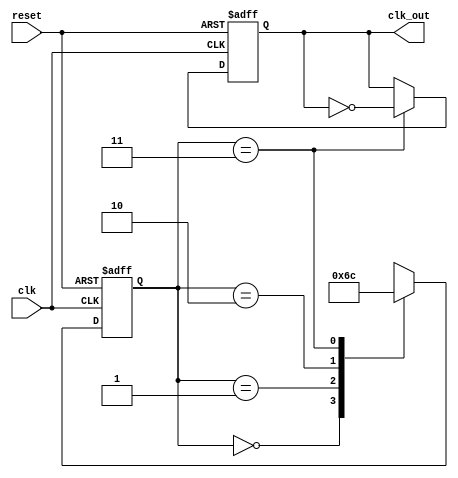
module JohnsonCounterClockDivider (
    input wire clk,
    input wire reset,
    output reg clk_out
);

reg [3:0] count;
reg [1:0] state;

always @(posedge clk or posedge reset) begin
    if (reset) begin
        count <= 4'b0000;
        state <= 2'b00;
        clk_out <= 1'b0;
    end else begin
        case (state)
            2'b00: begin
                count <= count + 1;
                state <= 2'b01;
            end
            2'b01: begin
                state <= 2'b10;
            end
            2'b10: begin
                state <= 2'b11;
            end
            2'b11: begin
                state <= 2'b00;
                clk_out <= ~clk_out;
            end
        endcase
    end
end

endmodule